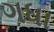
ગધા